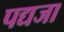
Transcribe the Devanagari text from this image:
पद्यजा